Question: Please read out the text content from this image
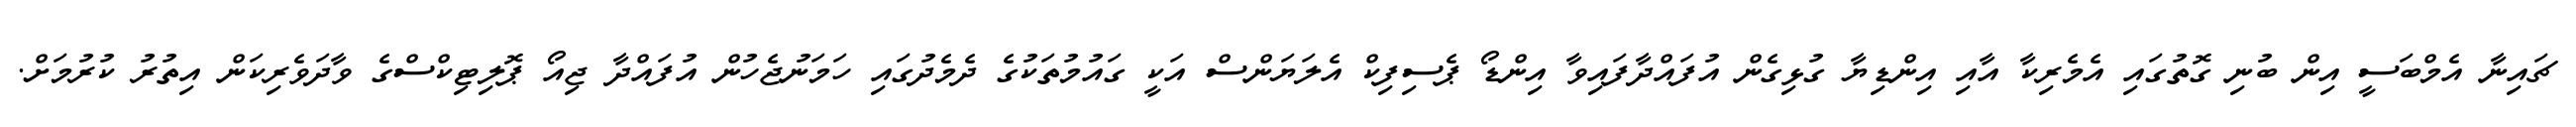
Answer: ޗައިނާ އެމްބަސީ އިން ބުނި ގޮތުގައި އެމެރިކާ އާއި އިންޑިޔާ ގުޅިގެން އުފައްދާފައިވާ އިންޑޯ ޕެސިފިކް އެލަޔަންސް އަކީ ގައުމުތަކުގެ ދެމެދުގައި ހަމަނުޖެހުން އުފައްދާ ޖިއޯ ޕޮލިޓިކްސްގެ ވާދަވެރިކަން އިތުރު ކުރުމަށް.